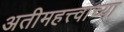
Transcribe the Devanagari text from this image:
अतीमहत्त्वाच्या